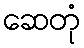
ဆေတုံ